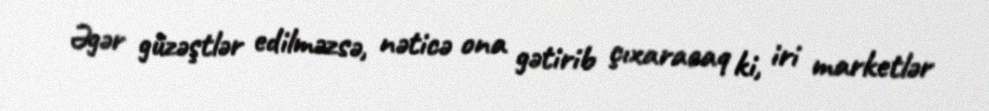
Əgər güzəştlər edilməzsə, nəticə ona gətirib çıxaracaq ki, iri marketlər